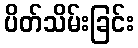
ပိတ်သိမ်းခြင်း